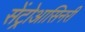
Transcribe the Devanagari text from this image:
सेंट्रोआसिनरी